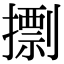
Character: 𢶏